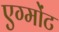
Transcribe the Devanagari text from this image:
एग्मोंट